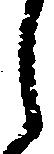
し